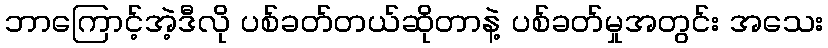
ဘာကြောင့်အဲ့ဒီလို ပစ်ခတ်တယ်ဆိုတာနဲ့ ပစ်ခတ်မှုအတွင်း အသေး